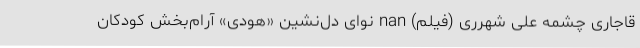
قاجاری چشمه علی شهرری (فیلم) nan نوای دل‌نشین «هودی» آرام‌بخش کودکان